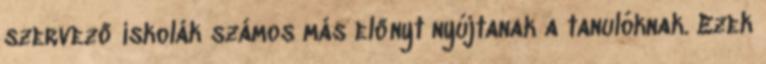
szervező iskolák számos más előnyt nyújtanak a tanulóknak. Ezek